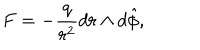
F = - \frac { q } { r ^ { 2 } } d r \wedge d \hat { \phi } ,